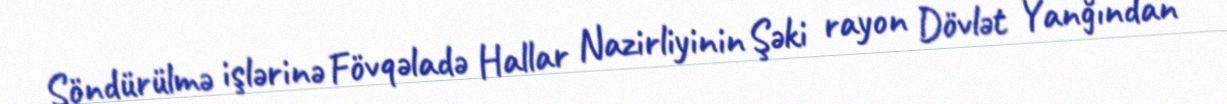
Söndürülmə işlərinə Fövqəladə Hallar Nazirliyinin Şəki rayon Dövlət Yanğından